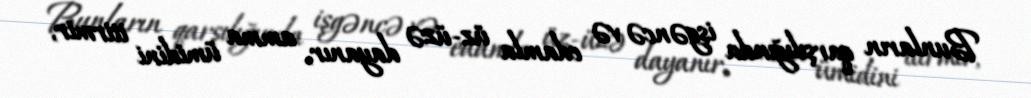
Bunların qarşılığında işgəncə və edamla üz-üzə dayanır, amma ümidini itirmir,